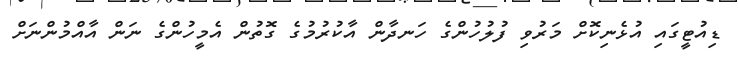
ޑިއުޓީގައި އުޅެނިކޮށް މަރުވި ފުލުހުންގެ ހަނދާން އާކުރުމުގެ ގޮތުން އެމީހުންގެ ނަން އާއްމުންނަށް